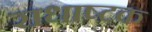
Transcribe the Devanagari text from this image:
राधाष्टक